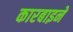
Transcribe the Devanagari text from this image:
कारबाइनें